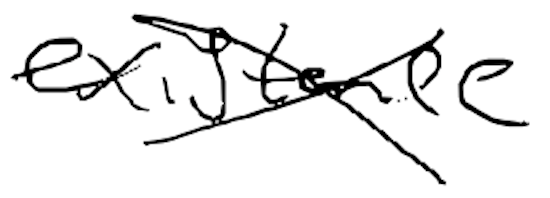
Text: existence
Cross-out: cross
Writing tool: digital_black